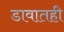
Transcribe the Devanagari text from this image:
डावातही